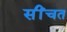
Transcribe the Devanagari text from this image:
सींचत